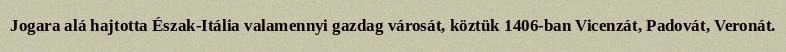
Jogara alá hajtotta Észak-Itália valamennyi gazdag városát, köztük 1406-ban Vicenzát, Padovát, Veronát.